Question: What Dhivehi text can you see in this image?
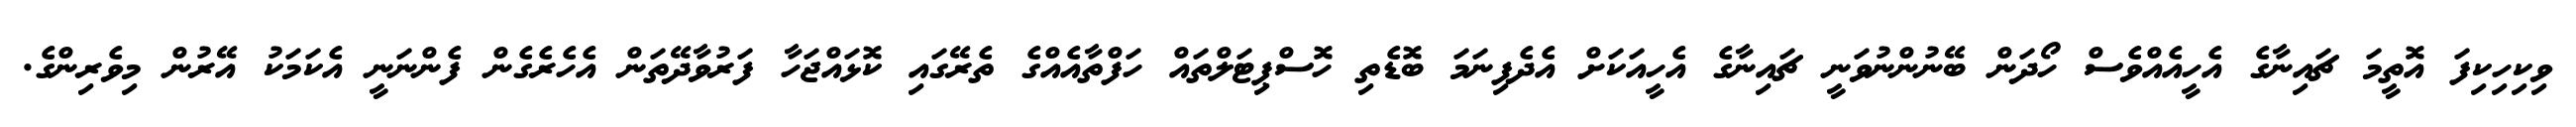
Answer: ވިކިހިކިފަ އޮތީމަ ޗައިނާގެ އެހީއެއްވެސް ހޯދަން ބޭނުންނުވަނީ ޗައިނާގެ އެހީއަކަށް އެދެފިނަމަ ބޮޑެތި ހޮސްޕިޓަލްތައް ހަފްތާއެއްގެ ތެރޭގައި ކޮޅައްޖަހާ ފަރުވާދޭތަން އެހެރެގެން ފެންނަނީ އެކަމަކު އޭރުން މިވެރިންގެ.